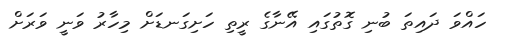
ހައްވަ ދައިތަ ބުނި ގޮތުގައި އޭނާގެ ރީތި ހަށިގަނޑަށް މިހާރު ވަނީ ވަރަށް